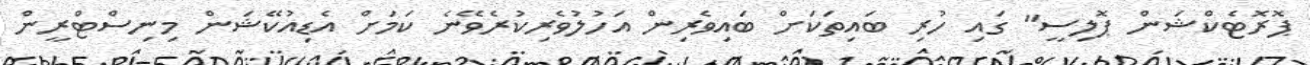
ޕޮރޮޓެކްޝަން ޕޮލިސީ" ގައި ހުރި ބައިތަކަށް ބައިވެރިން އަހުލުވެރިކުރެވޭނެ ކަމަށް އެޑިއުކޭޝަން މިނިސްޓްރީން